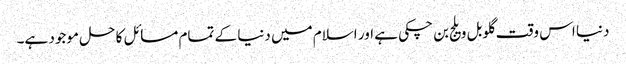
دنیا اس وقت گلوبل ویلج بن چکی ہے اور اسلام میں دنیا کے تمام مسائل کا حل موجود ہے۔